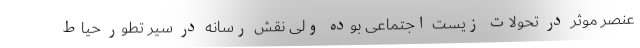
عنصر موثر در تحولات زیست اجتماعی بوده ولی نقش رسانه در سیر تطور حیاط